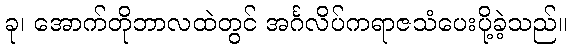
ခု၊ အောက်တိုဘာလထဲတွင် အင်္ဂလိပ်ကရာဇသံပေးပို့ခဲ့သည်။